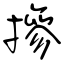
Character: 摻